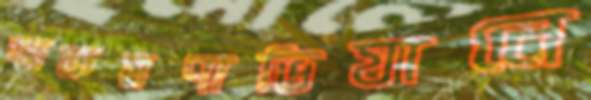
আক্রমণাভিযানে